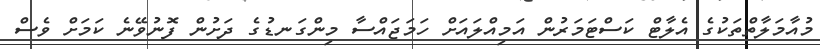
މުއާމަލާތްތަކުގެ އެލާޓް ކަސްޓަމަރުން އަމިއްލައަށް ހަމަޖައްސާ މިންގަނޑުގެ ދަށުން ފޮނުވޭނެ ކަމަށް ވެސް